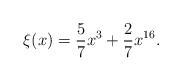
LaTeX: \begin{align*} \xi(x)=\frac57 x^3 + \frac27 x^{16}. \end{align*}